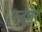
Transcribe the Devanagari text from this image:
एन्द्लेर्